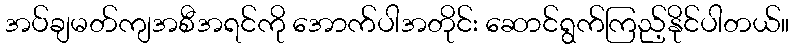
အပ်ချမတ်ကျအစီအရင်ကို အောက်ပါအတိုင်း ဆောင်ရွက်ကြည့်နိုင်ပါတယ်။